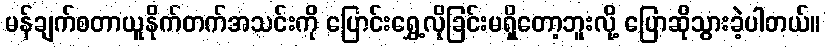
မန်ချက်စတာယူနိုက်တက်အသင်းကို ပြောင်းရွှေ့လိုခြင်းမရှိတော့ဘူးလို့ ပြောဆိုသွားခဲ့ပါတယ်။